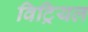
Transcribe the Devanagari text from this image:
विट्रियल